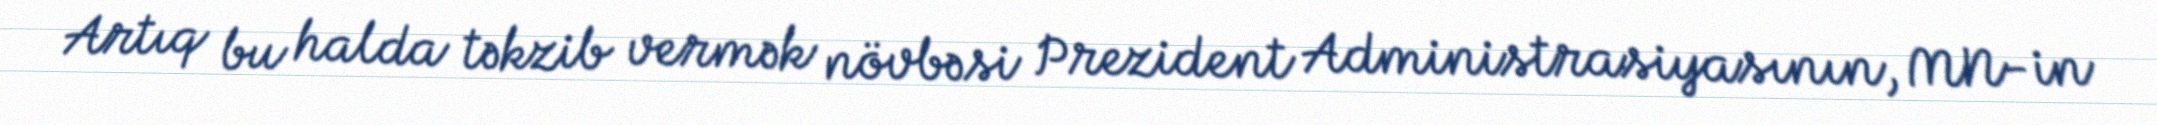
Artıq bu halda təkzib vermək növbəsi Prezident Administrasiyasının, MN-in